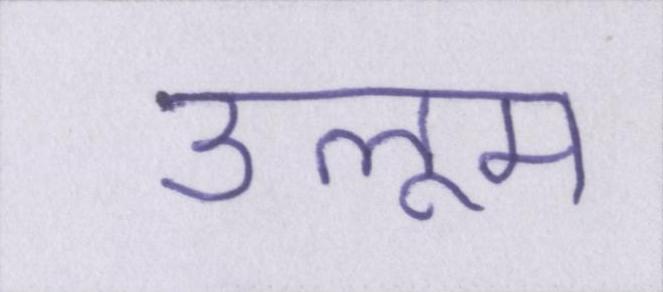
उलूम